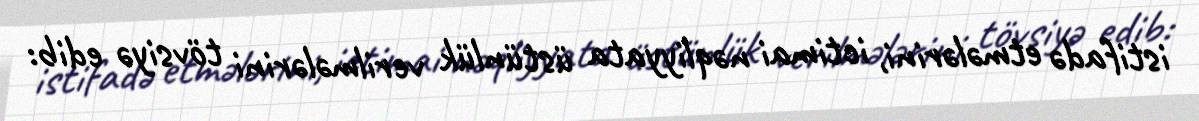
istifadə etmələrini, ictimai nəqliyyata üstünlük verilmələrini tövsiyə edib: